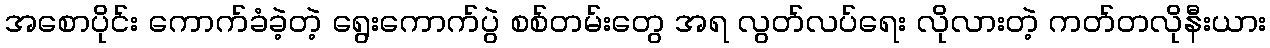
အစောပိုင်း ကောက်ခံခဲ့တဲ့ ရွေးကောက်ပွဲ စစ်တမ်းတွေ အရ လွတ်လပ်ရေး လိုလားတဲ့ ကတ်တလိုနီးယား